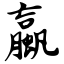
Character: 蠃